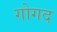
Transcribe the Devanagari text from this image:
गोगद